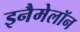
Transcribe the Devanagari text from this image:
इनैमेलॉन